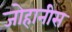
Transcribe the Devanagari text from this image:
जोहानीस